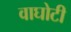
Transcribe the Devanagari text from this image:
वाघोटी